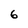
Character: 6